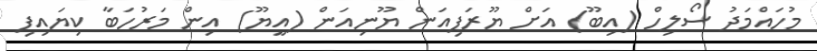
މުހައްމަދު ސޯލިހް (އިބޫ) އަށް ޔޫރަޕިއަން ޔޫނިއަން (އީޔޫ) އިން މަރުހަބާ ކިޔައިފި